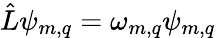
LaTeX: \hat{L}\psi_{m,q}=\omega_{m,q}\psi_{m,q}